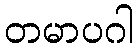
တမာပဂါ